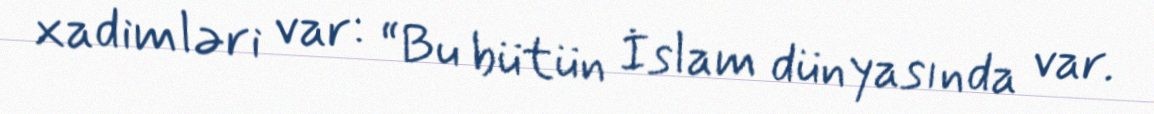
xadimləri var: “Bu bütün İslam dünyasında var.